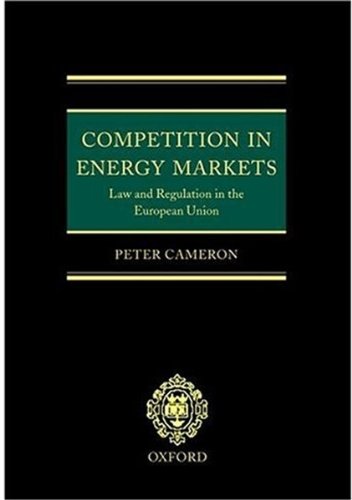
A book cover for Competition in Energy Markets: Law and Regulation in the European Union; Peter Duncanson Cameron; Law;